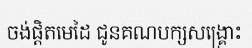
ចង់ផ្តិតមេដៃ ជូនគណបក្សសង្គ្រោះ